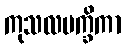
ကုသလပက္ခိကာ